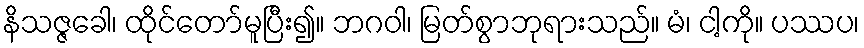
နိသဇ္ဇခေါ၊ ထိုင်တော်မူပြီး၍။ ဘဂဝါ၊ မြတ်စွာဘုရားသည်။ မံ၊ ငါ့ကို။ ပဿပ၊